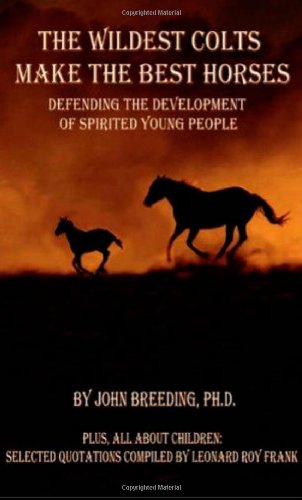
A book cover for The Wildest Colts Make the Best Horses; J Breeding; Health, Fitness & Dieting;